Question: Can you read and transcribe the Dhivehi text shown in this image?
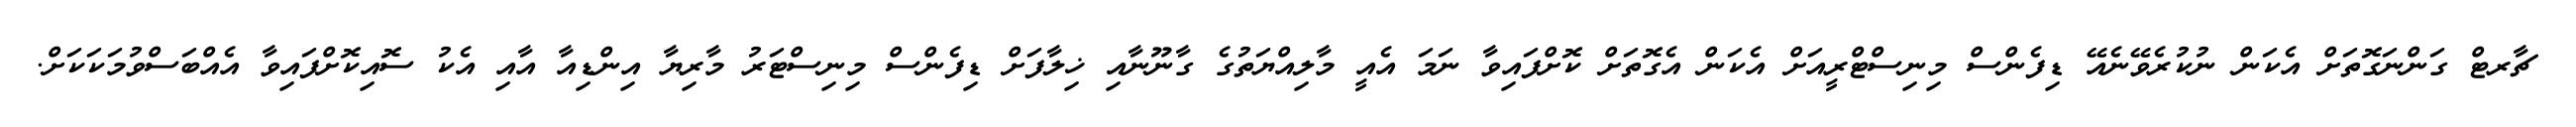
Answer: ޗާރޓް ގަންނަގޮތަށް އެކަން ނުކުރެވޭނެއޭ ޑިފެންސް މިނިސްޓްރީއަށް އެކަން އެގޮތަށް ކޮށްފައިވާ ނަމަ އެއީ މާލިއްޔަތުގެ ގާނޫނާއި ޚިލާފަށް ޑިފެންސް މިނިސްޓަރު މާރިޔާ އިންޑިއާ އާއި އެކު ސޮއިކޮށްފައިވާ އެއްބަސްވުމަކަކަށް.